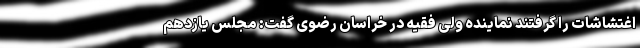
اغتشاشات را گرفتند نماینده ولی فقیه در خراسان رضوی گفت: مجلس یازدهم